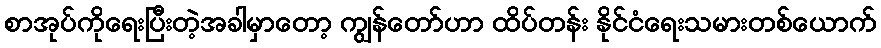
စာအုပ်ကိုရေးပြီးတဲ့အခါမှာတော့ ကျွန်တော်ဟာ ထိပ်တန်း နိုင်ငံရေးသမားတစ်ယောက်